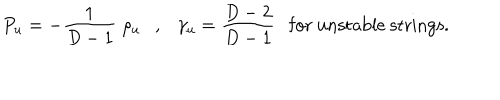
LaTeX: P _ { u } = - { \frac { 1 } { D - 1 } } \; \rho _ { u } , \gamma _ { u } = { \frac { D - 2 } { D - 1 } } \mathrm { f o r ~ u n s t a b l e ~ s t r i n g s . }